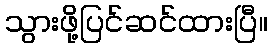
သွားဖို့ပြင်ဆင်ထားပြီ။